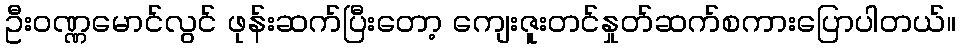
ဦးဝဏ္ဏမောင်လွင် ဖုန်းဆက်ပြီးတော့ ကျေးဇူးတင်နှုတ်ဆက်စကားပြောပါတယ်။